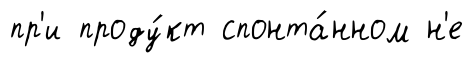
пр'и проду́кт спонта́нном н'е